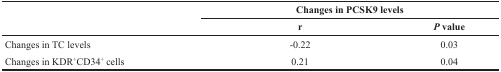
<table><thead><tr><td rowspan="2"></td><td colspan="2"><b>Changes in PCSK9 levels</b></td></tr><tr><td><b>r</b></td><td><b><i>P</i> value</b></td></tr></thead><tbody><tr><td>Changes in TC levels</td><td>-0.22</td><td>0.03</td></tr><tr><td>Changes in KDR<sup>+</sup>CD34<sup>+</sup> cells</td><td>0.21</td><td>0.04</td></tr></tbody></table>